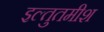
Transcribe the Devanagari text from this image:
इल्तुतमीश